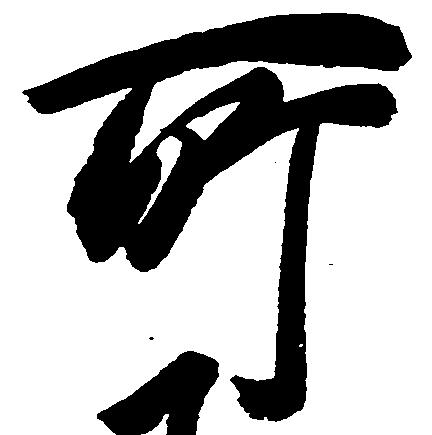
所